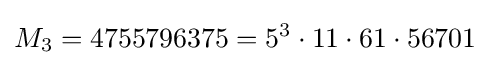
M_{3}=4755796375=5^{3}\cdot 11\cdot 61\cdot 56701